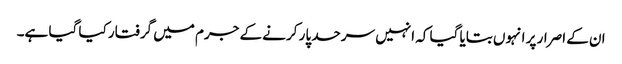
ان کے اصرار پر انہوں بتایا گیا کہ انہیں سرحد پار کرنے کے جرم میں گرفتار کیا گیا ہے۔